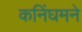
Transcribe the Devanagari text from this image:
कनिंघमने